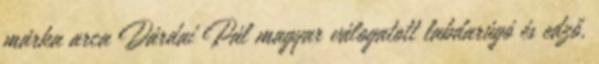
márka arca Dárdai Pál magyar válogatott labdarúgó és edző,